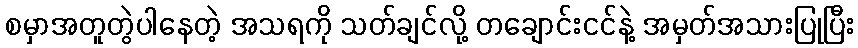
စမှာအတူတွဲပါနေတဲ့ အသရကို သတ်ချင်လို့ တချောင်းငင်နဲ့ အမှတ်အသားပြုပြီး